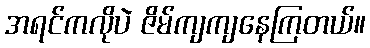
အရင်ကလိုပဲ ဇိမ်ကျကျနေကြတယ်။